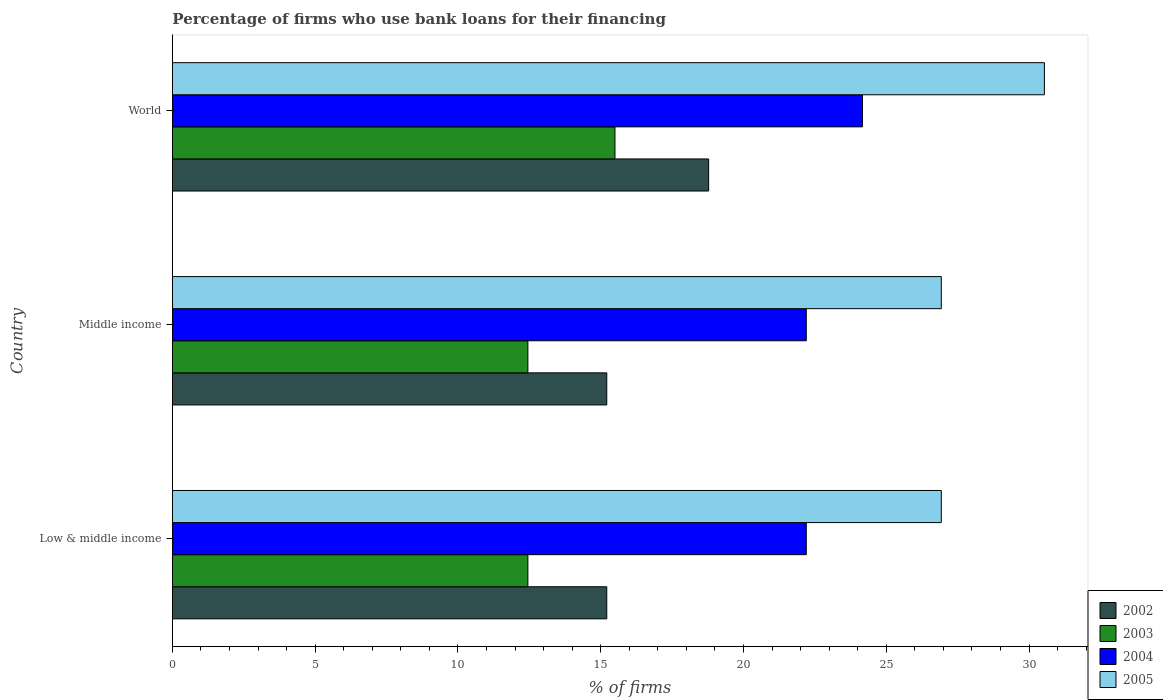
| Country | 2002 | 2003 | 2004 | 2005 |
 | --- | --- | --- | --- | --- |
 | Low & middle income | 15.2 | 12.4 | 22.2 | 26.9 |
 | Middle income | 15.2 | 12.4 | 22.2 | 26.9 |
 | World | 18.8 | 15.5 | 24.2 | 30.5 |